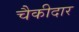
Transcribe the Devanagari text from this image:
चैकीदार